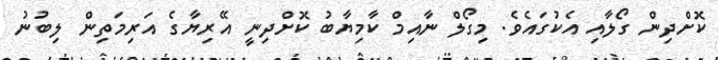
ކޮށްދިން ގޯލާއި އެކުގައެވެ. މިގޯލް ނާއިމް ކާމިޔާބު ކޮށްދިނީ އޭރިޔާގެ އަރިމަތިން ލިބުނު